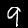
Label: 9